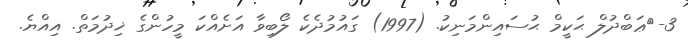
3-	ޢަބްދުލް ޙަކީމް ޙުސައިންމަނިކު. (1997) ގައުމުދެކެ ލޯބިވާ އަށެއްކަ މީހުންގެ ޚިދުމަތް. އިއްޔެ.